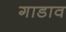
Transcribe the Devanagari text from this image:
गाडाव